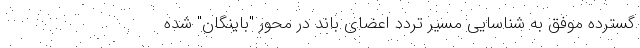
گسترده موفق به شناسایی مسیر تردد اعضای باند در محور "باینگان" شده